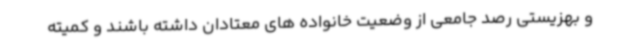
و بهزیستی رصد جامعی از وضعیت خانواده های معتادان داشته باشند و کمیته